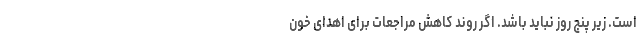
است. زیر پنج روز نباید باشد. اگر روند کاهش مراجعات برای اهدای خون